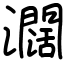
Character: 𤄃